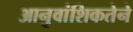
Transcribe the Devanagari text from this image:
आनुवांशिकतेने